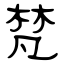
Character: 梵